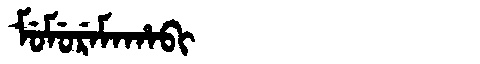
Manchu: ᠮᡠᠮᡠᡵᡝᠮᠠᡥᠠᠪᡳ
Romanization: MUMUREMAHABI